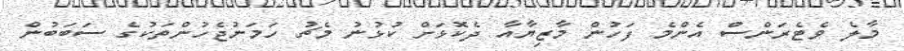
މާލެ ވެޓެރަންސް އެންމެ ފަހުން މާޒިޔާއާ ދެކޮޅަށް ކުޅުނު މެޗު ހަމަނުޖެހުންތަކުގެ ސަބަބުން